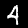
Label: 4